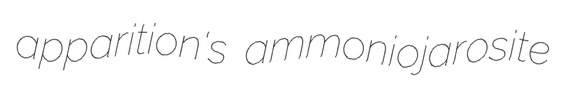
apparition's ammoniojarosite